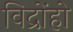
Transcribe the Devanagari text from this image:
विद्रोंहो